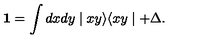
{ \textbf 1 } = \int d x d y \mid x y \rangle \langle x y \mid + \Delta .